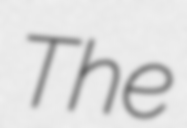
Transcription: The